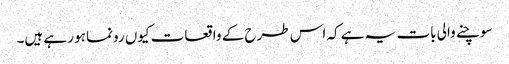
سوچنے والی بات یہ ہے کہ اس طرح کے واقعات کیوں رونما ہو رہے ہیں۔